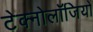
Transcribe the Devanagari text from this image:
टेक्नोलॉजियों